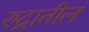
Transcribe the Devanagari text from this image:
रुद्रातील